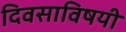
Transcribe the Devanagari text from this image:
दिवसाविषयी